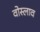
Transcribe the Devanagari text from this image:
वोस्लाव